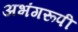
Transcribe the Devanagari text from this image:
अभंगरूपी